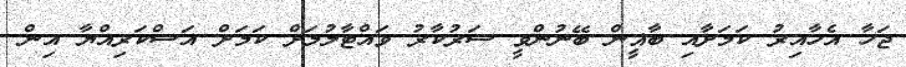
ޖަހާ އެހާއިރު ކަމަށާއި ބާޣީން ބޭނުންވީ ސަރުކާރު ވައްޓާލުމަށް ކަމަށް އަސްކަރިއްޔާ އިން